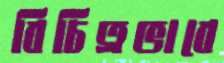
বিচিত্রভাবে